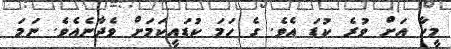
މީހާ އަށް ވުރެ ކުޑަ އެވެ. ގެ ހަމަ ކުޑައީކަމަށް ވެދާނެއެވެ. ނަމަ